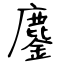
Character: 鏖